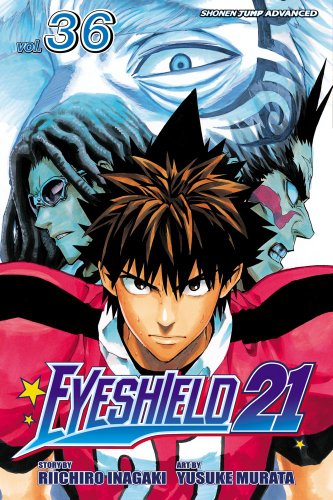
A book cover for Eyeshield 21, Vol. 36; Riichiro Inagaki; Comics & Graphic Novels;